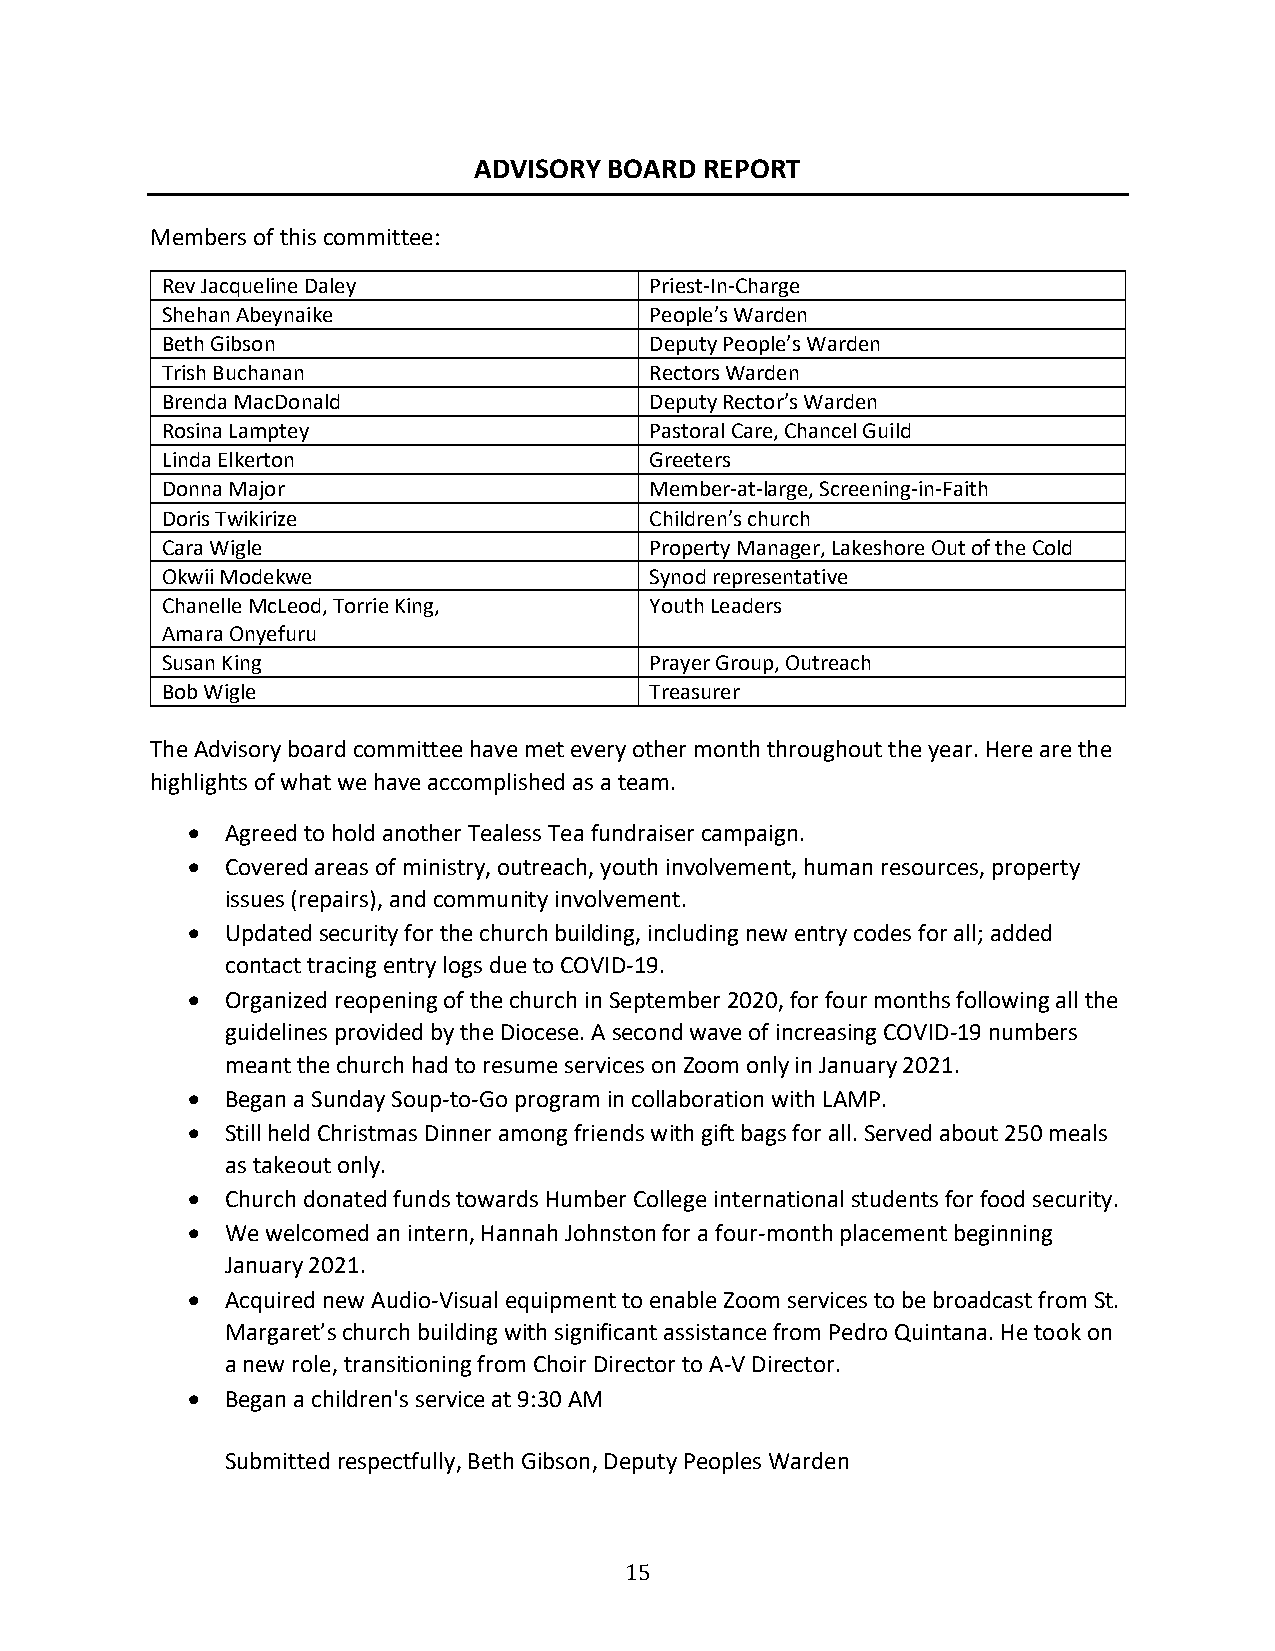
ADVISORY BOARD  REPORT
 Members of this committee:
 Rev Jacqueline Daley            Priest-In-Charge
 Shehan Abeynaike                People’s Warden
 Beth Gibson                     Deputy People’s Warden
 Trish Buchanan                  Rectors Warden
 Brenda MacDonald                Deputy Rector’s Warden
 Rosina Lamptey                  Pastoral Care, Chancel Guild
 Linda Elkerton                  Greeters
 Donna Major                     Member-at-large, Screening-in-Faith
 Doris Twikirize                 Children’s church
 Cara Wigle                      Property Manager, Lakeshore Out of the Cold
 Okwii Modekwe                   Synod representative
 Chanelle McLeod, Torrie King,   Youth Leaders
 Amara Onyefuru
 Susan King                      Prayer Group, Outreach
 Bob Wigle                       Treasurer
 The Advisory board committee have met every other month throughout the year. Here are the
 highlights of what we have accomplished as a team.
 •  Agreed to hold another Tealess Tea fundraiser campaign.
 •  Covered areas of ministry, outreach, youth involvement, human resources, property
 issues (repairs), and community involvement.
 •  Updated security for the church building, including new entry codes for all; added
 contact tracing entry logs due to COVID-19.
 •  Organized reopening of the church in September 2020, for four months following all the
 guidelines provided by the Diocese. A second wave of increasing COVID-19 numbers
 meant the church had to resume services on Zoom only in January 2021.
 •  Began a Sunday Soup-to-Go program in collaboration with LAMP.
 •  Still held Christmas Dinner among friends with gift bags for all. Served about 250 meals
 as takeout only.
 •  Church donated funds towards Humber College international students for food security.
 •  We welcomed an intern, Hannah Johnston for a four-month placement beginning
 January 2021.
 •  Acquired new Audio-Visual equipment to enable Zoom services to be broadcast from St.
 Margaret’s church building with significant assistance from Pedro Quintana. He took on
 a new role, transitioning from Choir Director to A-V Director.
 •  Began a children's service at 9:30 AM
 Submitted respectfully, Beth Gibson, Deputy Peoples Warden
 15